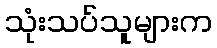
သုံးသပ်သူများက